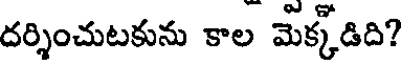
దర్శించుటకును కాల మెక్కడిది?